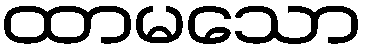
ထာမသော